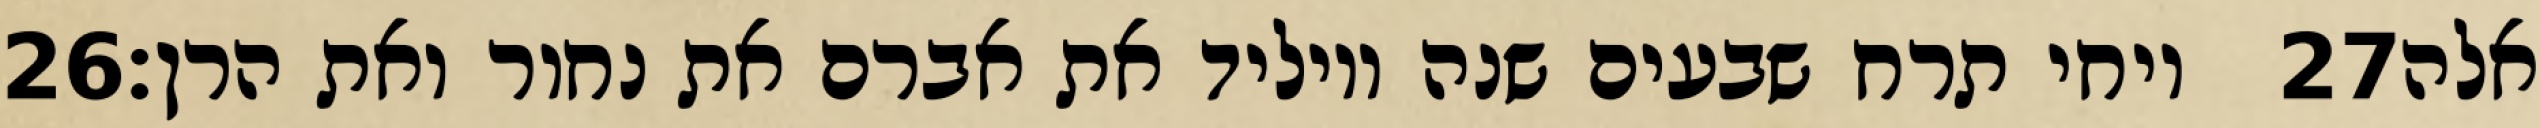
‎26‏ ויחי תרח שבעים שנה ויוליד את אברם את נחור ואת הרן׃ ‎27‏ אלה